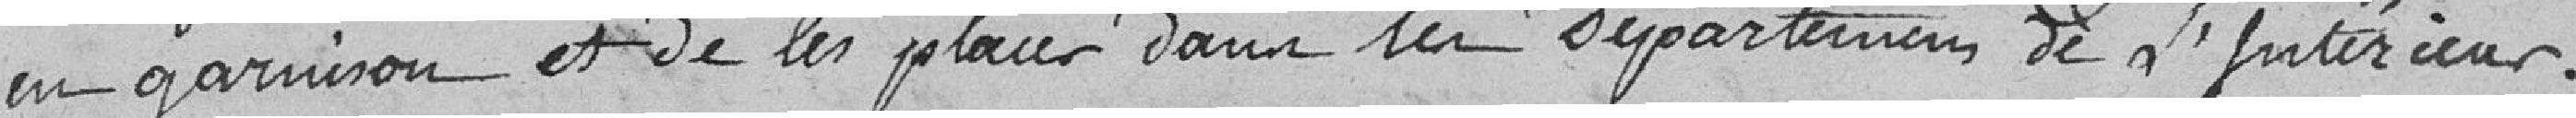
en garnison et de les placer dans les Départements de l'Intérieur.